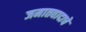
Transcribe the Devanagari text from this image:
जमातवादाचे